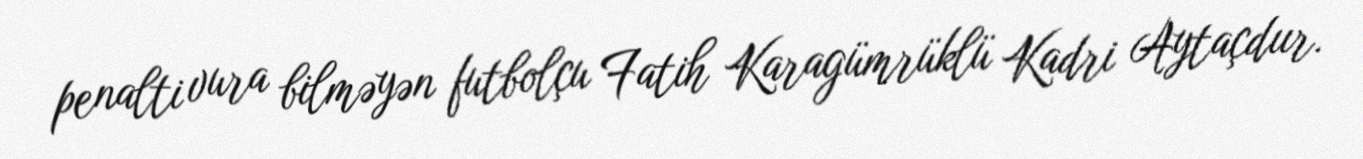
penalti vura bilməyən futbolçu Fatih Karagümrüklü Kadri Aytaçdıır.